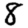
Digit: 8